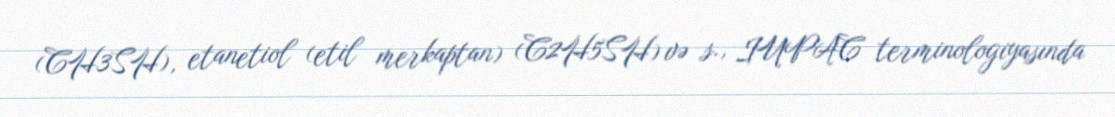
(CH3SH), etanetiol (etil merkaptan) (C2H5SH) və s., IUPAC terminologiyasında